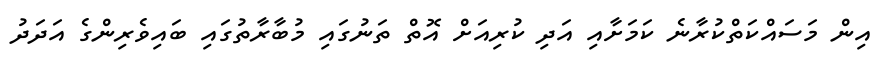
އިން މަސައްކަތްކުރާނެ ކަމަށާއި އަދި ކުރިއަށް އޮތް ތަނުގައި މުބާރާތުގައި ބައިވެރިންގެ އަދަދު